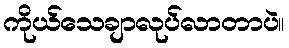
ကိုယ်သေချာလုပ်လာတာပဲ။